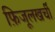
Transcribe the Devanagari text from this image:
फ़िजूलखर्ची